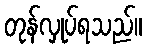
တုန်လှုပ်ရသည်။